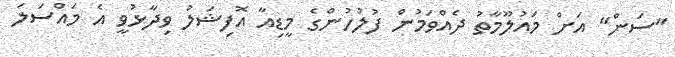
"ސަން" އަށް މައުލޫމާތު ދެއްވަމުން ފުލުހުންގެ މީޑިއާ އޮފިޝަލު ވިދާޅުވީ އެ މައްސަލަ